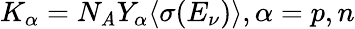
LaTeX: K_{\alpha}=N_{\mathit{A}}Y_{\alpha}\langle\sigma(E_{\nu})\rangle,\alpha=p,n